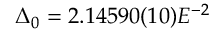
\Delta _ { 0 } = 2 . 1 4 5 9 0 ( 1 0 ) E ^ { - 2 }